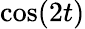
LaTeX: \cos(2t)